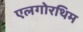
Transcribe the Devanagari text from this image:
एलगोरथिम